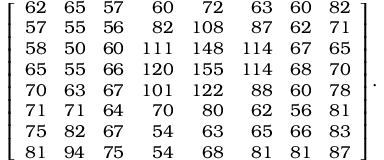
\left[ { \begin{array} { r r r r r r r r } { 6 2 } & { 6 5 } & { 5 7 } & { 6 0 } & { 7 2 } & { 6 3 } & { 6 0 } & { 8 2 } \\ { 5 7 } & { 5 5 } & { 5 6 } & { 8 2 } & { 1 0 8 } & { 8 7 } & { 6 2 } & { 7 1 } \\ { 5 8 } & { 5 0 } & { 6 0 } & { 1 1 1 } & { 1 4 8 } & { 1 1 4 } & { 6 7 } & { 6 5 } \\ { 6 5 } & { 5 5 } & { 6 6 } & { 1 2 0 } & { 1 5 5 } & { 1 1 4 } & { 6 8 } & { 7 0 } \\ { 7 0 } & { 6 3 } & { 6 7 } & { 1 0 1 } & { 1 2 2 } & { 8 8 } & { 6 0 } & { 7 8 } \\ { 7 1 } & { 7 1 } & { 6 4 } & { 7 0 } & { 8 0 } & { 6 2 } & { 5 6 } & { 8 1 } \\ { 7 5 } & { 8 2 } & { 6 7 } & { 5 4 } & { 6 3 } & { 6 5 } & { 6 6 } & { 8 3 } \\ { 8 1 } & { 9 4 } & { 7 5 } & { 5 4 } & { 6 8 } & { 8 1 } & { 8 1 } & { 8 7 } \end{array} } \right] .